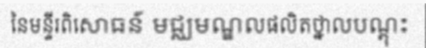
នៃមន្ទីរពិសោធន៍ មជ្ឈមណ្ឌលផលិតថ្នាលបណ្តុះ